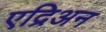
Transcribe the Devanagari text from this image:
एद्रिअन